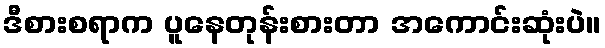
ဒီစားစရာက ပူနေတုန်းစားတာ အကောင်းဆုံးပဲ။